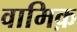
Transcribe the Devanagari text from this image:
वामिक़